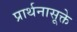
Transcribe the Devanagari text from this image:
प्रार्थनासूक्ते